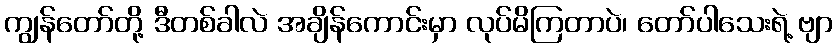
ကျွန်တော်တို့ ဒီတစ်ခါလဲ အချိန်ကောင်းမှာ လုပ်မိကြတာပဲ၊ တော်ပါသေးရဲ့ ဗျာ